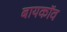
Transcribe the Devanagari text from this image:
बायकॉव